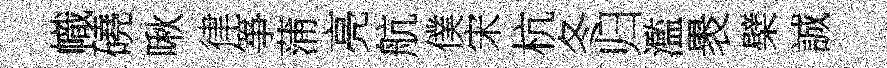
幟磽啾律箏蒲亮航僕宋杭冬归濫褁檗誠